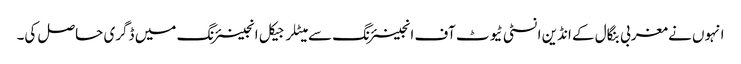
انہوں نے مغربی بنگال کے انڈین انسٹی ٹیوٹ آف انجینئرنگ سے میٹلرجیکل انجینئرنگ میں ڈگری حاصل کی۔